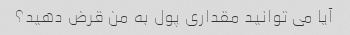
آیا می توانید مقداری پول به من قرض دهید؟